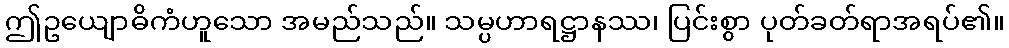
ဤဥယျောဓိကံဟူသော အမည်သည်။ သမ္ပဟာရဋ္ဌာနဿ၊ ပြင်းစွာ ပုတ်ခတ်ရာအရပ်၏။